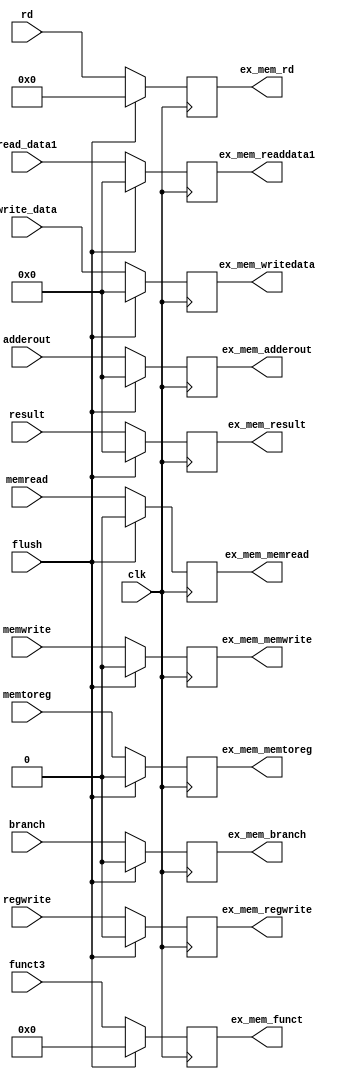
`timescale 1ns / 1ps
//////////////////////////////////////////////////////////////////////////////////
// Company: 
// Engineer: 
// 
// Design Name: 
// Module Name: EX_MEM
// Project Name: 
// Target Devices: 
// Tool Versions: 
// Description: 
// 
// Dependencies: 
// 
// Revision:
// Revision 0.01 - File Created
// Additional Comments:
// 
//////////////////////////////////////////////////////////////////////////////////


module EX_MEM(
input clk,flush,
  input [63:0] adderout, //add sum
  input [63:0] result,//ALU Result
  input [3:0] funct3,
  input [63:0] read_data1,write_data, //2 bit mux2by1 output
  input [4:0] rd, //IDEX output
  input branch, memread, memtoreg, memwrite, regwrite, //IDEXX outputs
  output reg [63:0] ex_mem_adderout,
  output reg[3:0] ex_mem_funct,
  output reg [63:0] ex_mem_result,
  output reg [63:0] ex_mem_writedata,ex_mem_readdata1,
  output reg [4:0] ex_mem_rd,
  output reg ex_mem_branch, ex_mem_memread, ex_mem_memtoreg, ex_mem_memwrite, ex_mem_regwrite
  );
  
  always @(posedge clk)
    begin
      if (flush)
        begin
          ex_mem_adderout = 64'b0;
          ex_mem_funct = 0;
          ex_mem_result = 63'b0;
          ex_mem_writedata = 64'b0;
          ex_mem_rd = 5'b0;
          ex_mem_readdata1 =  0;
          ex_mem_branch = 1'b0;
          ex_mem_memread = 1'b0;
          ex_mem_memtoreg =1'b0;
          ex_mem_memwrite = 1'b0;
          ex_mem_regwrite = 1'b0;
        end
      else
        begin
          ex_mem_adderout = adderout;
          ex_mem_result = result;
          ex_mem_writedata = write_data;
          ex_mem_funct = funct3;
          ex_mem_rd = rd;
          ex_mem_readdata1 =  read_data1;
          ex_mem_branch = branch;
          ex_mem_memread = memread;
          ex_mem_memtoreg = memtoreg;
          ex_mem_memwrite = memwrite;
          ex_mem_regwrite = regwrite;
        end
    end
endmodule